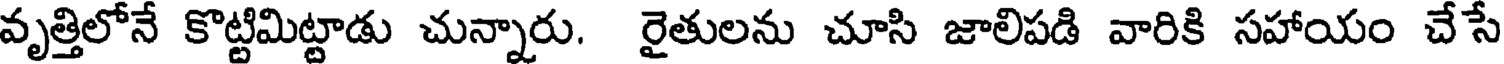
వృత్తిలోనే కొట్టిమిట్టాడు చున్నారు. రైతులను చూసి జాలిపడి వారికి సహాయం చేసే